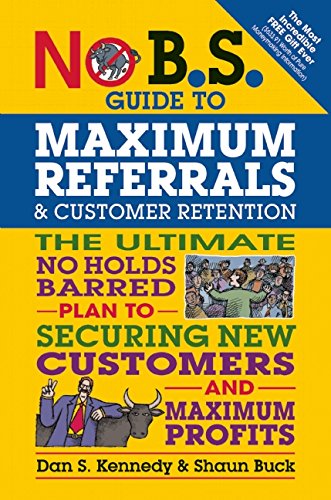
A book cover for No B.S. Guide to Maximum Referrals and Customer Retention: The Ultimate No Holds Barred Plan to Securing New Customers and Maximum Profits; Dan S. Kennedy; Business & Money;